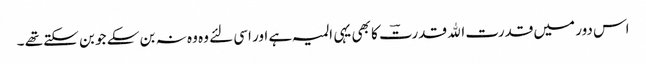
اس دور میں قدرت اﷲ قدرتؔ کا بھی یہی المیہ ہے اور اسی لئے وہ وہ نہ بن سکے جو بن سکتے تھے ۔